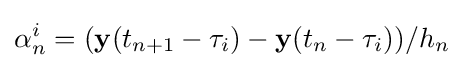
\mathbf {\alpha } _{n}^{i}=(\mathbf {y} (t_{n+1}-\tau _{i})-\mathbf {y} (t_{n}-\tau _{i}))/h_{n}